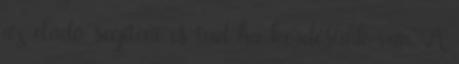
az eladó segíteni is tud ha kérdésünk van. A